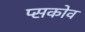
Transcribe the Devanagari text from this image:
प्सकोव